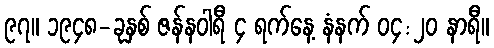
၉၇။ ၁၉၄၈-ခုနှစ် ဇန်နဝါရီ ၄ ရက်နေ့ နံနက် ၀၄:၂၀ နာရီ။